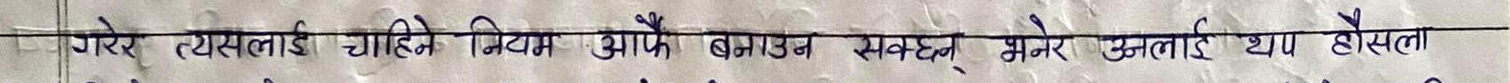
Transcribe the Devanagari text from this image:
गरे त्यसलाई चाहिने मिडियम ग्राफ बनाउन सक्छ भनेर उसलाई थप हौसला